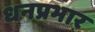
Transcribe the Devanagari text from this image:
धनप्रभार